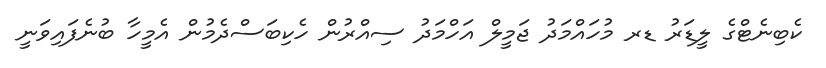
ކެބިނެޓްގެ ލީޑަރު ޑރ މުހައްމަދު ޖަމީލް އަހްމަދު ސިއްރުން ހެކިބަސްދެމުން އެމީހާ ބުނެފައިވަނީ